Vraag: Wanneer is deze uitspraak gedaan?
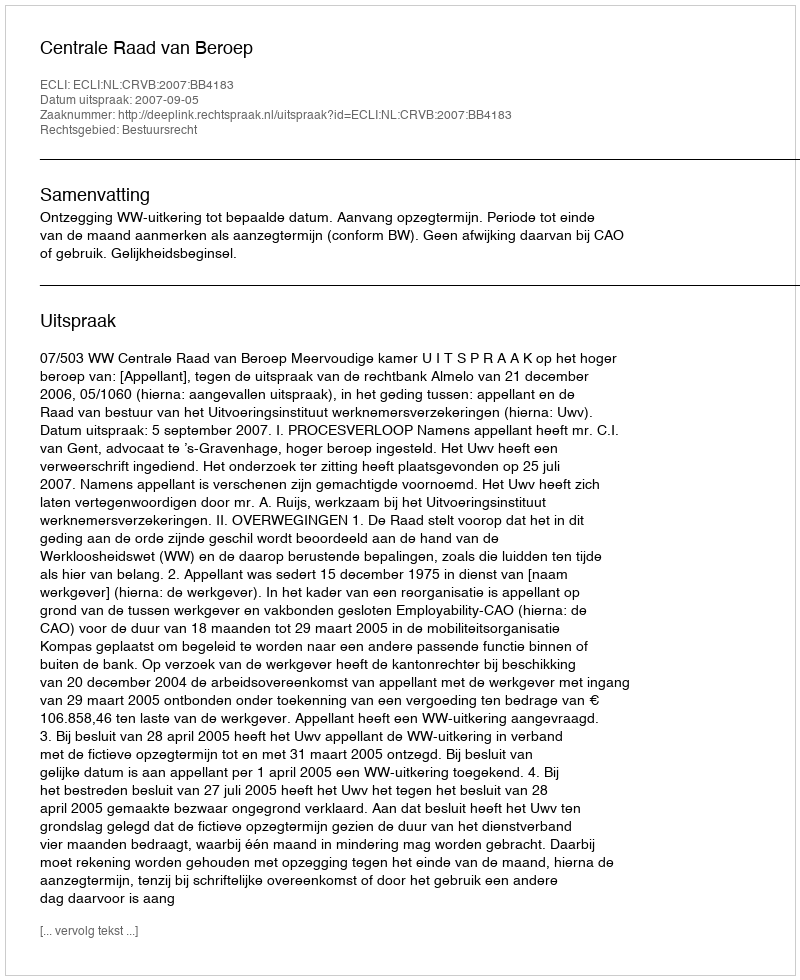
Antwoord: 2007-09-05